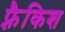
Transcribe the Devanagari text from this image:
फ़्रैकिश